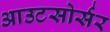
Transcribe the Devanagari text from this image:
आउटसोर्सर